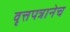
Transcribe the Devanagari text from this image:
वृत्तपत्रानेच